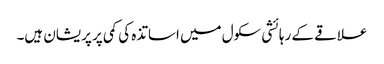
علاقے کے رہائشی سکول میں اساتذہ کی کمی پر پریشان ہیں۔